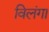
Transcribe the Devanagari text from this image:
विलंगा